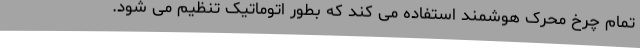
تمام چرخ محرک هوشمند استفاده می کند که بطور اتوماتیک تنظیم می شود.